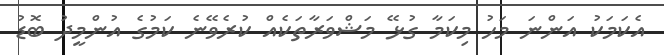
އެކަމަކު އަންނަ މަހު މިކަމާ ގުޅޭ މަޝްވަރާތަކެއް ކުރެވޭނެ ކަމުގެ އުންމީދު ބޮޑު